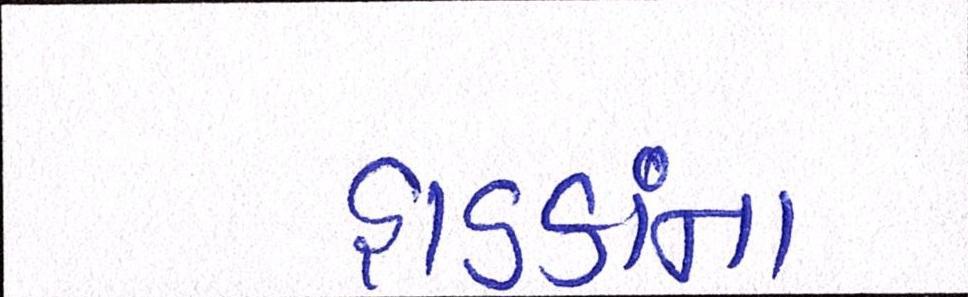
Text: હાડકાંના